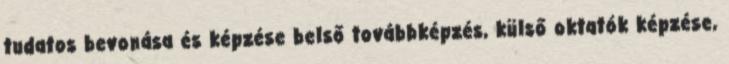
tudatos bevonása és képzése belső továbbképzés, külső oktatók képzése,